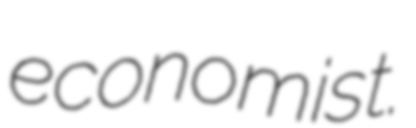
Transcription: economist.